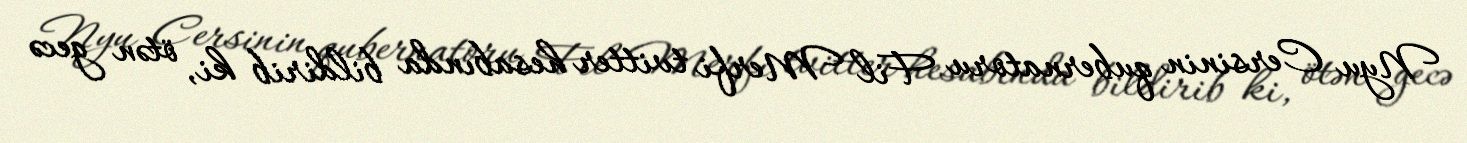
Nyu Cersinin qubernatoru Fil Merfi tvitter hesabında bildirib ki, ötən gecə